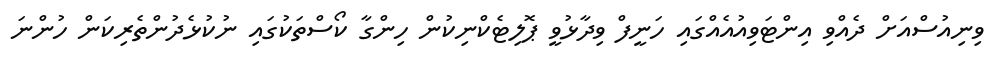
ވިނިއުސްއަށް ދެއްވި އިންޓަވިއުއެއްގައި ހަނީފް ވިދާޅުވީ ޕޮލިޓެކްނިކުން ހިންގާ ކޯސްތަކުގައި ނުކުޅެދުންތެރިކަން ހުންނަ